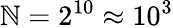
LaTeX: \mathbb{N}=2^{10}\approx10^{3}